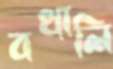
বখালি